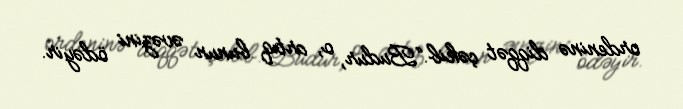
ordeninə diqqət çəkib.“Budur, o, artıq bunun əvəzini ödəyir.